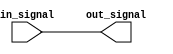
module bidirectional_buffer (
    input wire in_signal,
    output wire out_signal
);

// Compensated bidirectional buffer
assign out_signal = in_signal;

endmodule